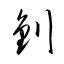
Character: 釗